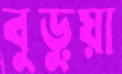
বুড়ুয়া